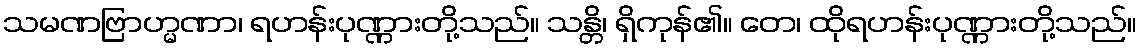
သမဏဗြာဟ္မဏာ၊ ရဟန်းပုဏ္ဏားတို့သည်။ သန္တိ၊ ရှိကုန်၏။ တေ၊ ထိုရဟန်းပုဏ္ဏားတို့သည်။